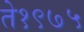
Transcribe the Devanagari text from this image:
ते१९७५